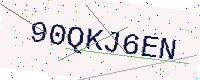
Text: 90QKJ6EN